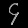
Digit: ၄